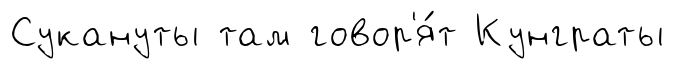
Сукануты там говор'я́т Кунграты